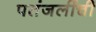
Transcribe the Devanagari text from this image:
पतंजलींची